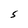
Character: S